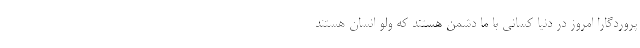
پروردگارا امروز در دنیا کسانی با ما دشمن هستند که ولو انسان هستند